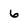
Character: 6